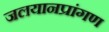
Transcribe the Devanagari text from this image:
जलयानप्रांगण